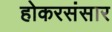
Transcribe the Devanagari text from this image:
होकरसंसार